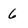
Character: 6